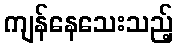
ကျန်နေသေးသည့်